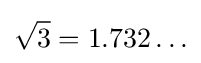
{\sqrt {3}}=1.732\ldots